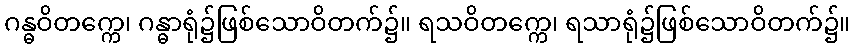
ဂန္ဓဝိတက္ကေ၊ ဂန္ဓာရုံ၌ဖြစ်သောဝိတက်၌။ ရသဝိတက္ကေ၊ ရသာရုံ၌ဖြစ်သောဝိတက်၌။